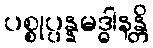
ပစ္စုပ္ပန္နမဒ္ဓါနန္တိ